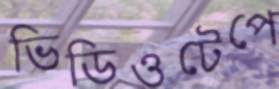
ভিডিওটেপে